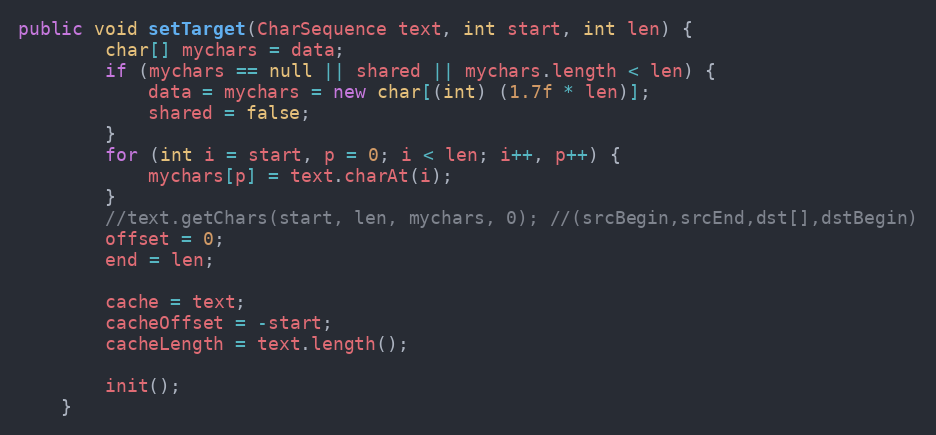
Language: Java
public void setTarget(CharSequence text, int start, int len) {
        char[] mychars = data;
        if (mychars == null || shared || mychars.length < len) {
            data = mychars = new char[(int) (1.7f * len)];
            shared = false;
        }
        for (int i = start, p = 0; i < len; i++, p++) {
            mychars[p] = text.charAt(i);
        }
        //text.getChars(start, len, mychars, 0); //(srcBegin,srcEnd,dst[],dstBegin)
        offset = 0;
        end = len;

        cache = text;
        cacheOffset = -start;
        cacheLength = text.length();

        init();
    }